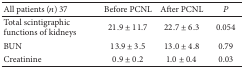
| All patients (n) 37 | Before PCNL | After PCNL | P |
 | --- | --- | --- | --- |
 | Total scintigraphic functions of kidneys | 21.9 ± 11.7 | 22.7 ± 6.3 | 0.054 |
 | BUN | 13.9 ± 3.5 | 13.0 ± 4.8 | 0.79 |
 | Creatinine | 0.9 ± 0.2 | 1.0 ± 0.4 | 0.03 |